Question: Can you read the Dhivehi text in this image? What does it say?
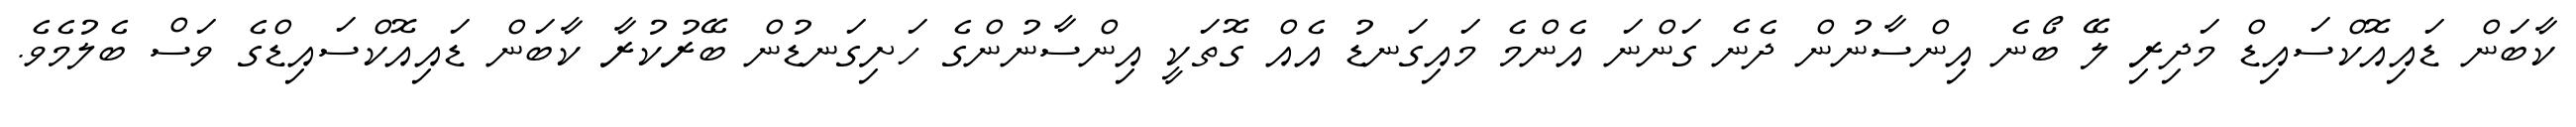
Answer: ކާބަން ޑައިއޮކްސައިޑް މަދިރި ލޭ ބޯނެ އިންސާނުން ދެނެ ގަންނަ އެންމެ މައިގަނޑު އެއް ގޮތަކީ އިންސާނުންގެ ހަށިގަނޑުން ބޭރުކުރާ ކާބަން ޑައިއޮކްސައިޑްގެ ވަސް ބެލުމެވެ.